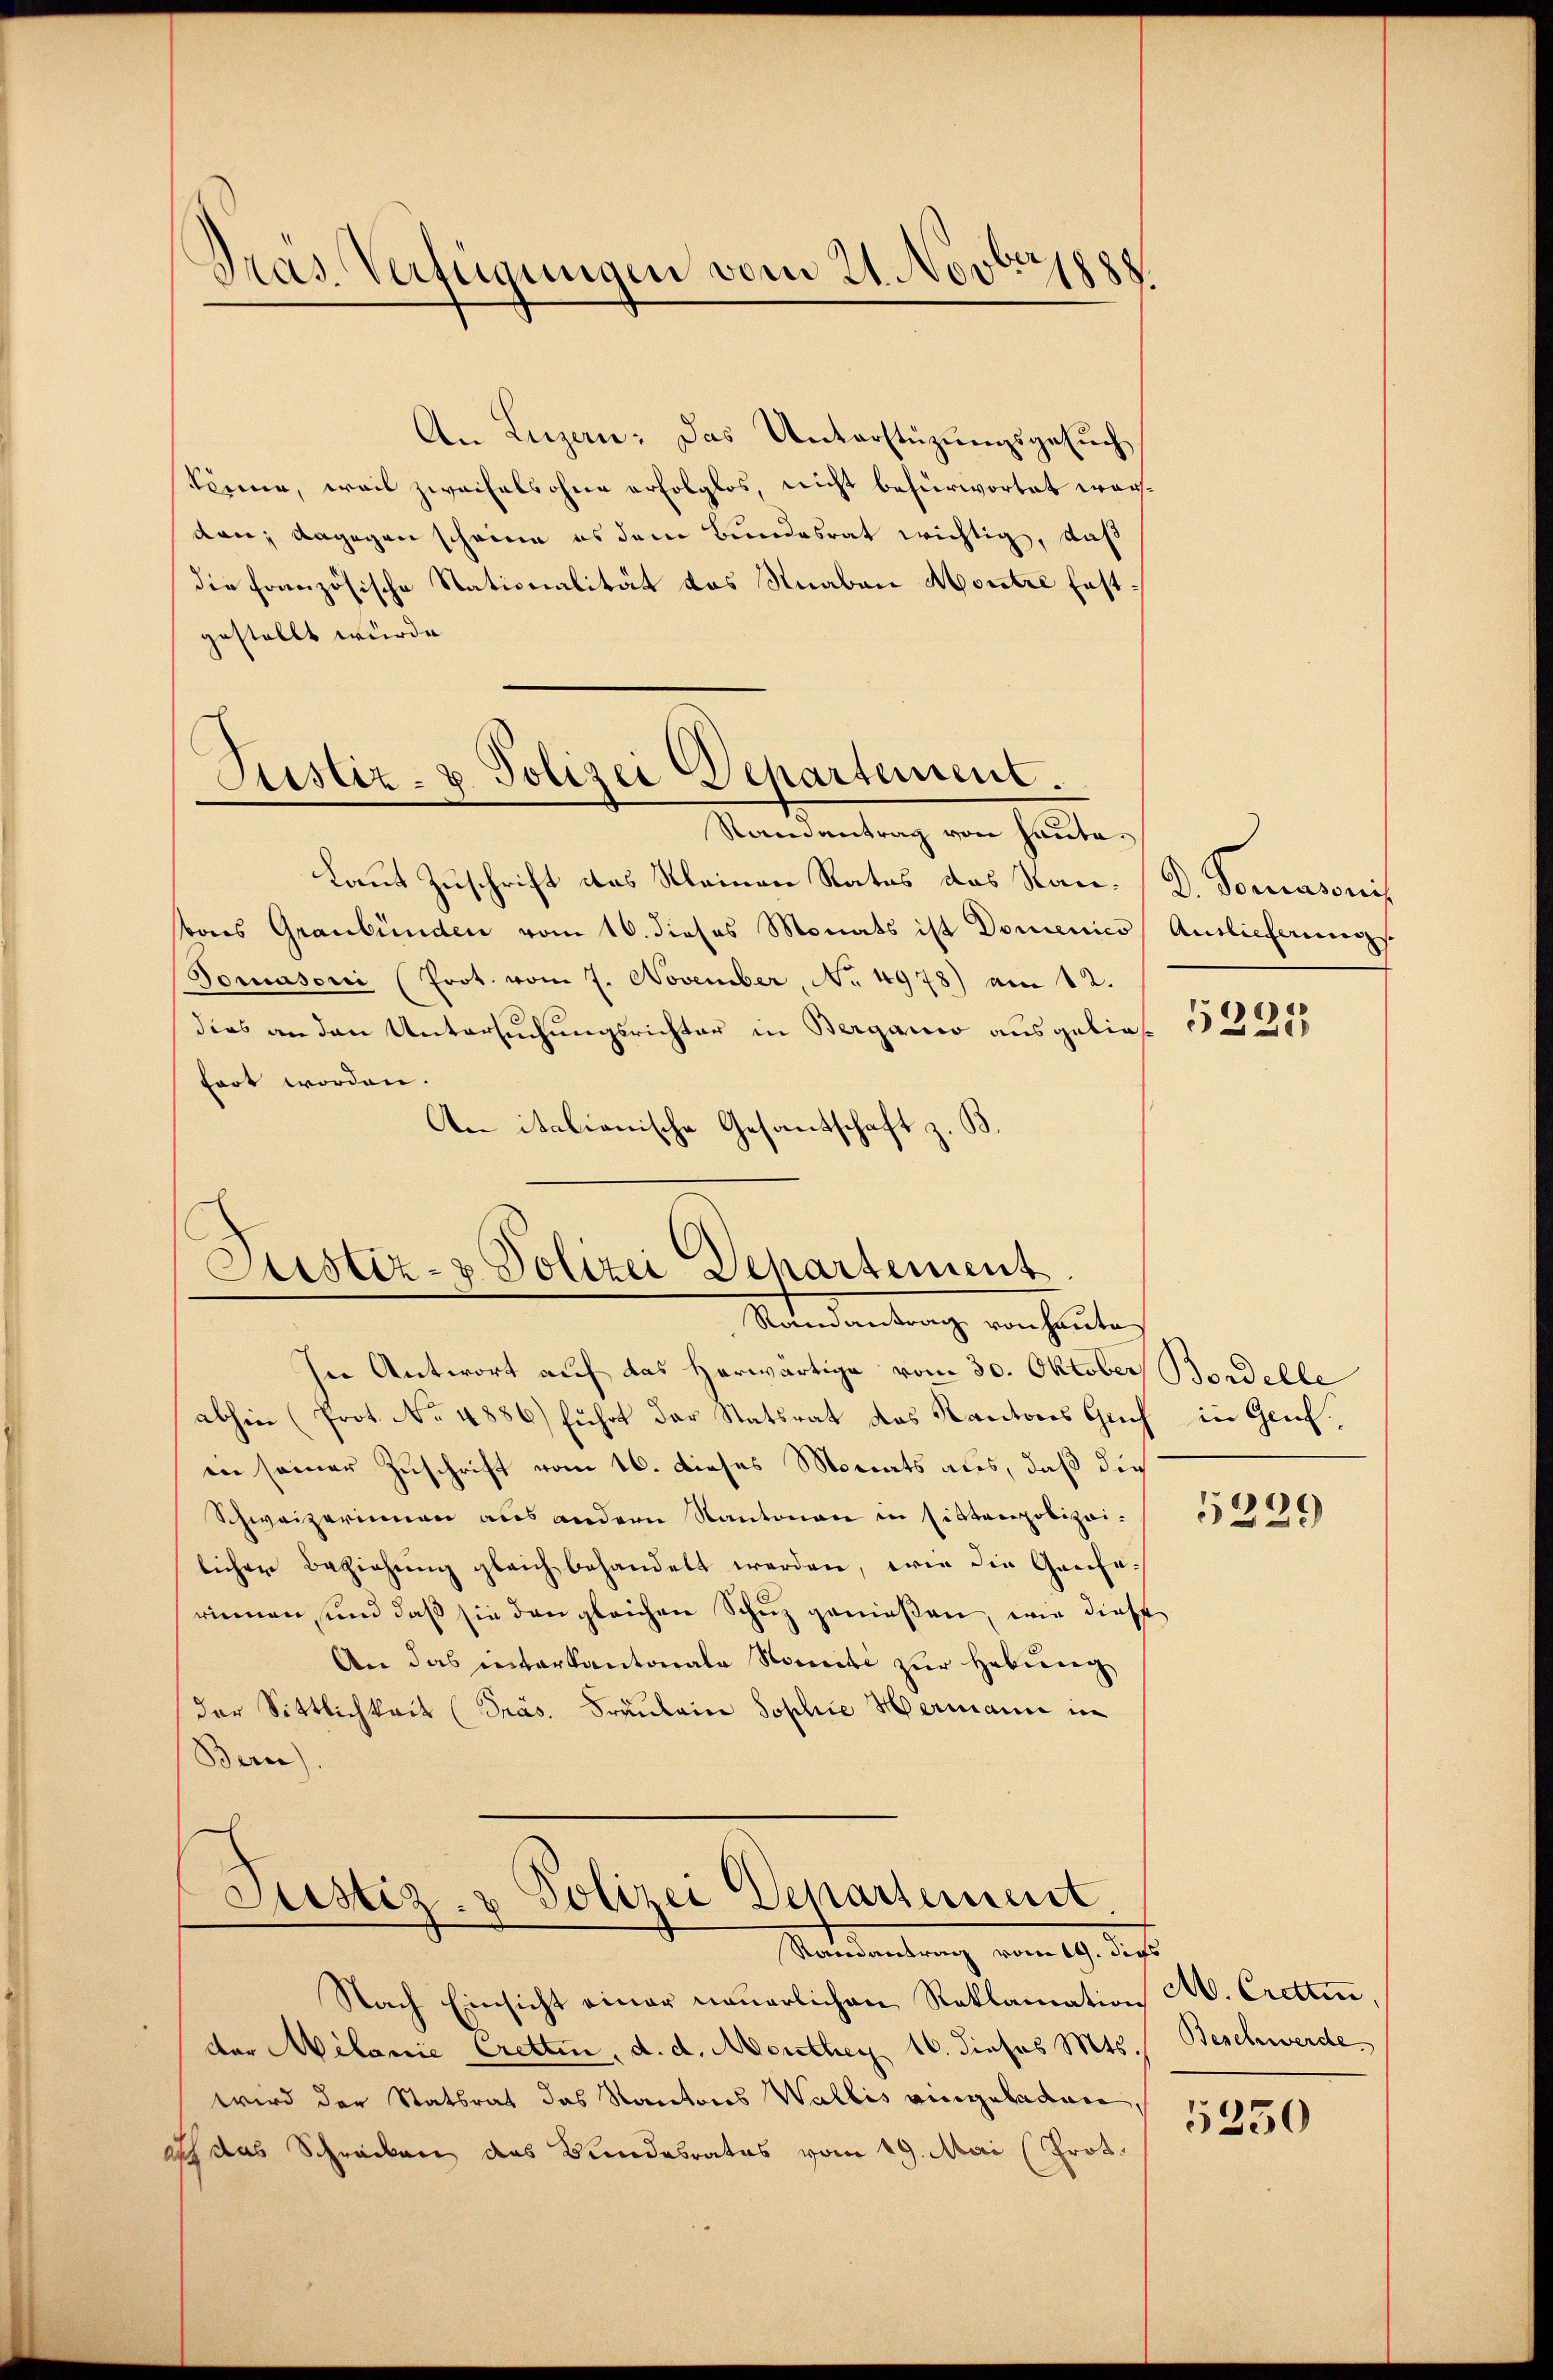
Dras Verfügungen vom 21. Nove

An Luzern: Das Unterstüzungsgesuch
könne, weil zweifelsohne erfolglos, nicht befürwortet werden; dagegen scheine es dem Bundesrat wichtig, daß
die französische Stationalität das Knaben Montre festgestellt wurde.

Justiz- u. Polizei Departement.
Randantrag von heute.

Laut Zuschrift das Meinen Rates das Stanvons Graubünden vom 16. dieses Monats ist Domenico Auslieferungs
Tomasoni (Prot. vom 7. November, No. 4978) am 12.
dies an den Untersuchungsrichter in Berganis ausgelief 5335
fort worden.
An italienische Gesandschaft z. B.

D. Tomatoris

Justiz- & Polizei Departement
Ratendentrag von heute.

In Antwort auf das herwärtige vom 30. Oktober Bordelle
abhin (Prot. No. 4886) führt der Statsrat das Kantons Guch in Genf,
in seiner Zuschrift vom 16. dieses Monats aus, daß die
Schweizerinnen aus andern Kantonen in sistenpolizeilicher Beziehung gleich behandelt werden, wie die Genferienen, und daß sie den gleichen Schuz genießen, wie diese
An das interkantonale Somite zur Hebung
der Sittlichkeit (Präs. Fräulein Sophie Hermann in
Bern).
Justiz- & Polizei Departement

5229

Raidantrag vom 19. dies

Nach Einsicht einer neuerlichen Reklamation M. Cretten,
der Milanie Cretten, d. d. Monthey 16. dieses Mts. Beschwerde
wird der Statsrat das Kantons Wallis eingeladenen,
ich das Schrecken das Bundesrates vom 19. Mai (Prot.

5250